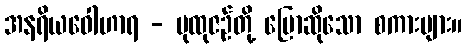
အနရိယဝေါဟာရ - ပုထုဇဉ်တို့ ပြောဆိုသော စကားများ။